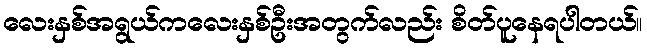
လေးနှစ်အရွယ်ကလေးနှစ်ဦးအတွက်လည်း စိတ်ပူနေရပါတယ်။